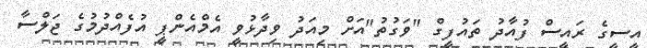
އީސީގެ ރައީސް ފުއާދު ތައުފީގް "ވަގުތު"އަށް މިއަދު ވިދާޅުވީ އެމްއެންޕީ އުފެއްދުމުގެ ޖަލްސާ